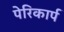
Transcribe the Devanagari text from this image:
पेरिकार्प